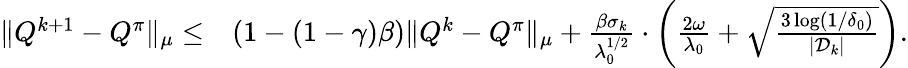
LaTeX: \begin{array}{rl}{\| Q^{k+1}-Q^{\pi}\| _{\mu}\leq}&{\left(1-(1-\gamma)\beta\right)\| Q^{k}-Q^{\pi}\| _{\mu}+\frac{\beta\sigma_{k}}{\lambda_{0}^{1/2}}\cdot\left(\frac{2\omega}{\lambda_{0}}+\sqrt{\frac{3\log(1/\delta_{0})}{|\mathcal{D}_{k}|}}\right).}\end{array}